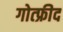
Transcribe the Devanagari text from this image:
गोत्फ्रीद